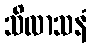
သိလာသနံ